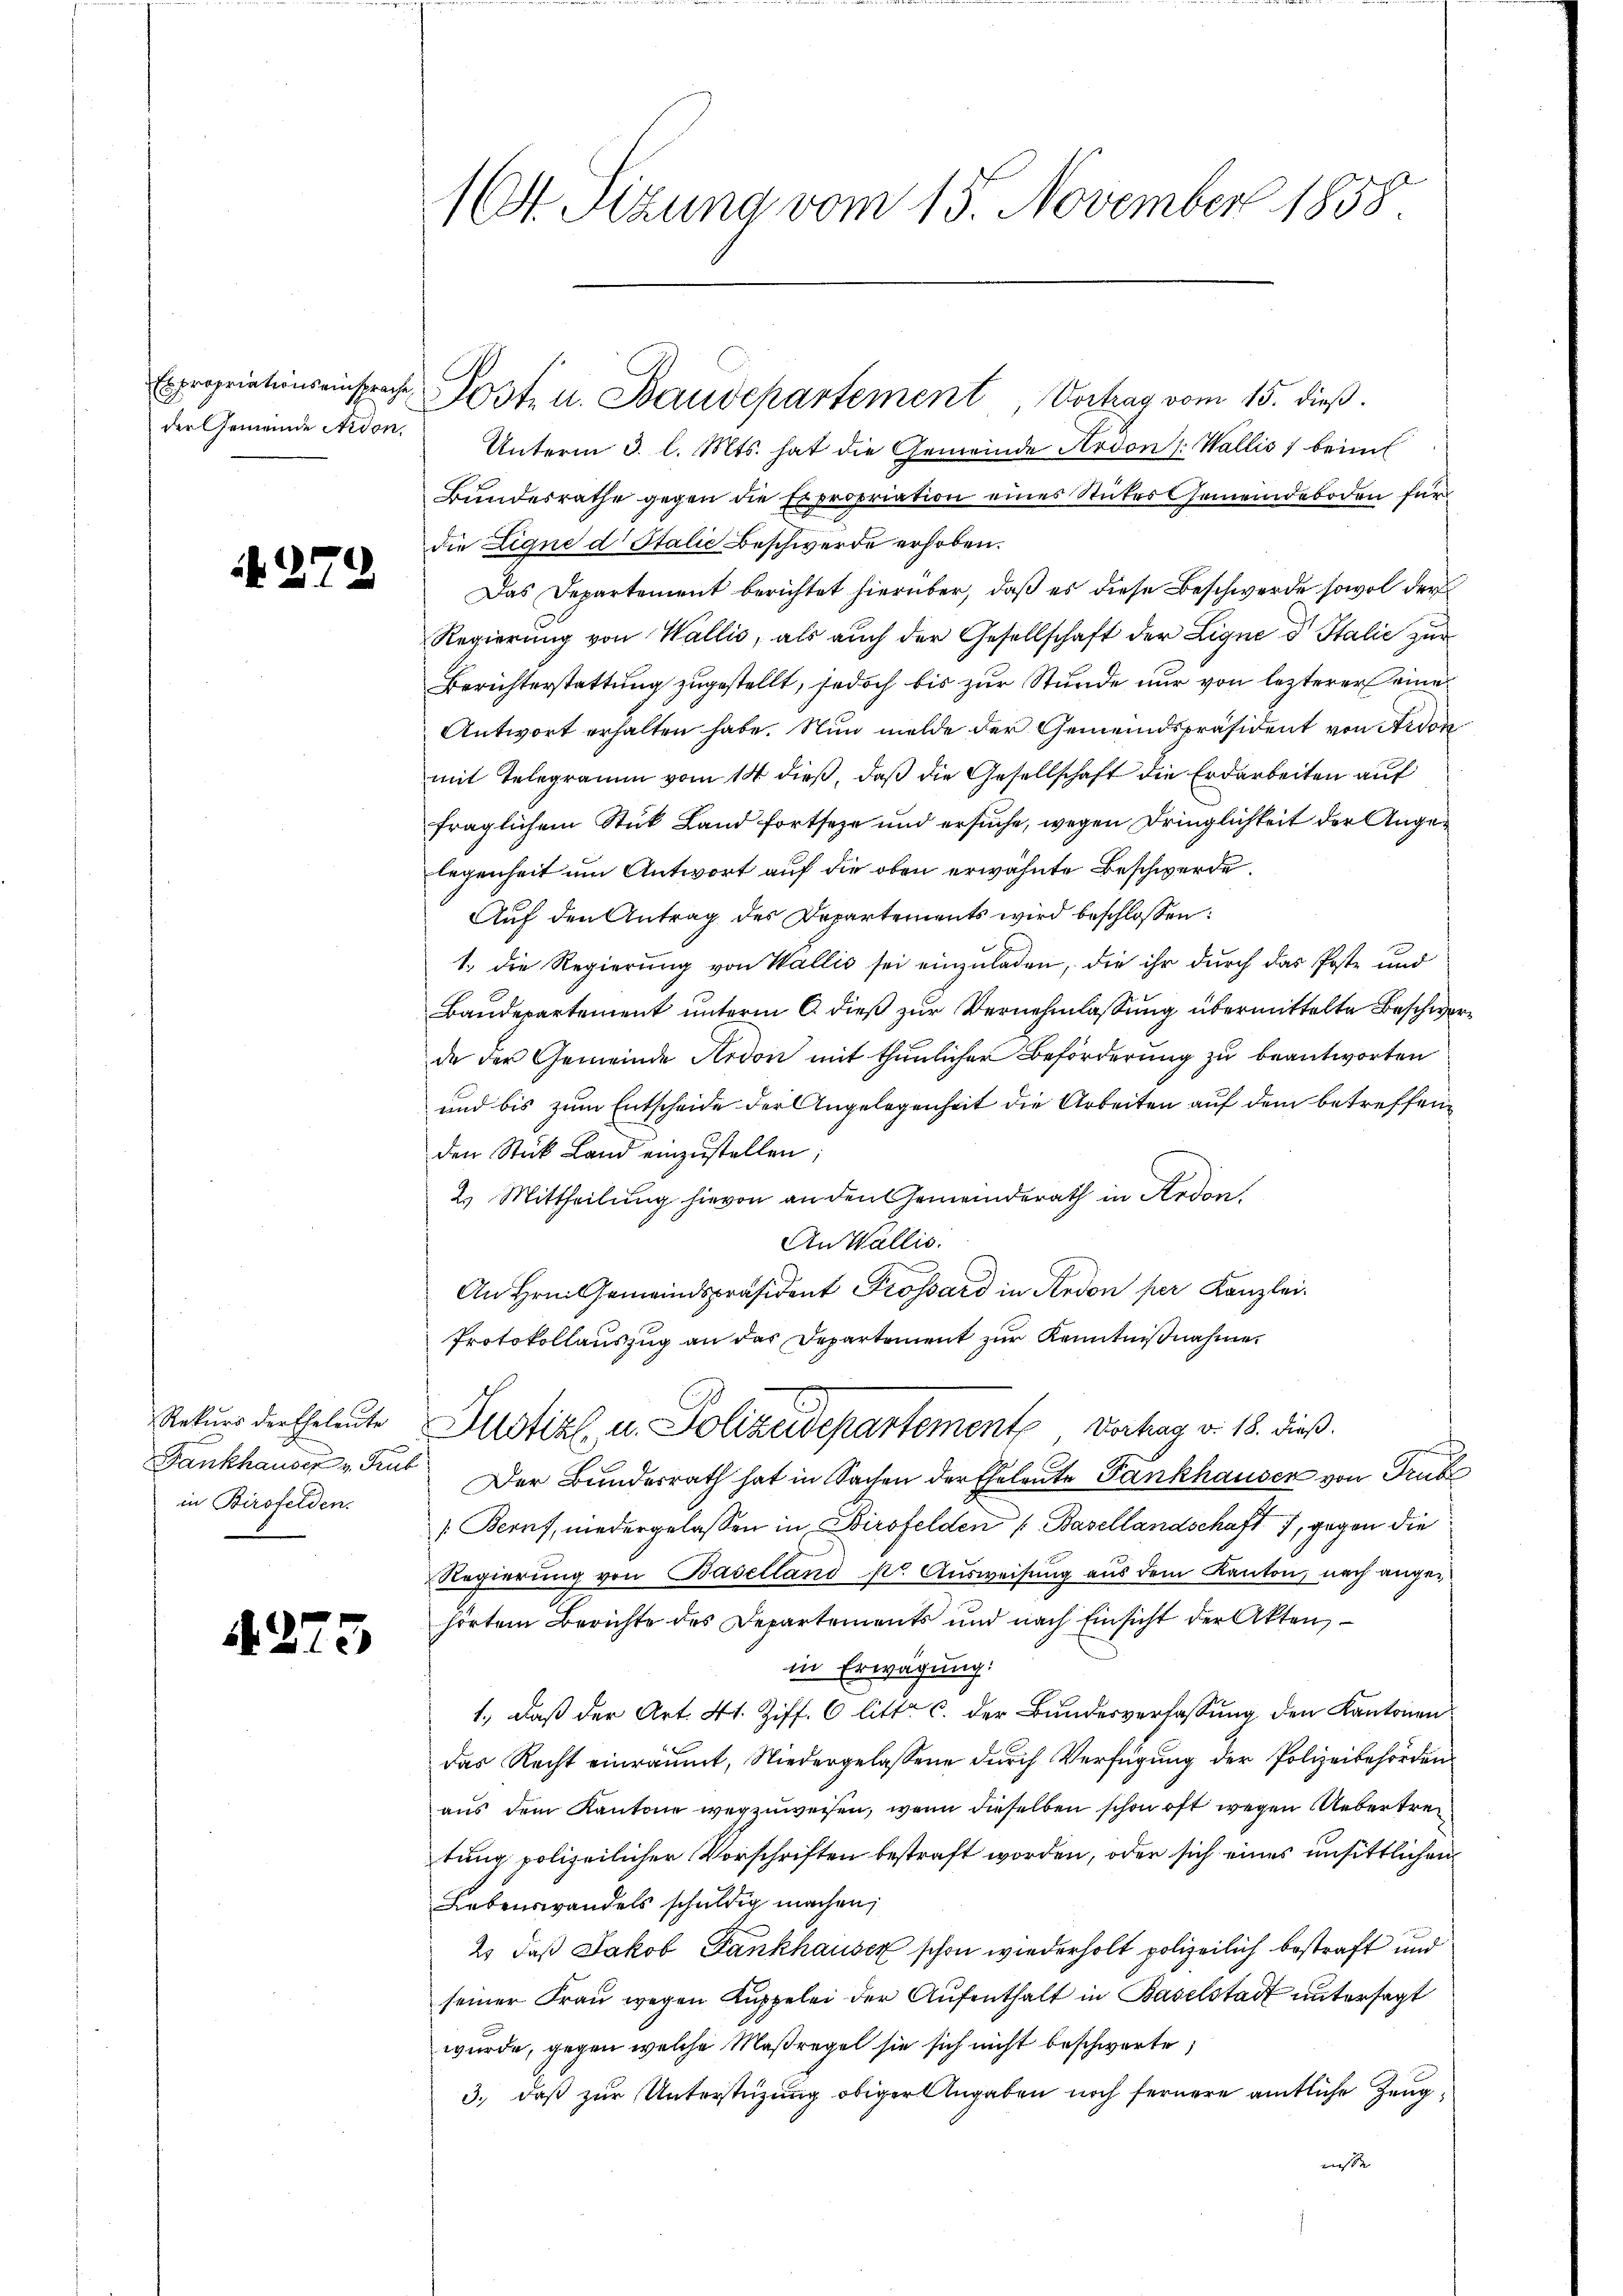
der Gemeinde Ardon,

N 272

in Birsfelden.

A.275

16. Sizung vom 15. November 1858.

Unterm 3. l. Mts. hat die Gemeinde Ardon /: Wallis, beim
Bundesrathe gegen die Expropriation eines Stückes Gemeindeboden für
die Eigne d Italie Beschwerde erhoben.
Das Departement berichtet hierüber, daß es diese Beschwerde sowol der
Regierung von Wallis, als auch der Gesellschaft der Lique d Italie zur
Berichterstattung zugestellt, jedoch bis zur Stunde nur von lezterer eine
Antwort erhalten habe. Nun melde der Gemeindspräsident von Ardon
mit Telegramm vom 14 dieß, daß die Gesellschaft die Erdarbeiten auf
fraglichem Stück Land fortseze und ersuche, wegen Dringlichkeit der Angelegenheit um Antwort auf die oben erwähnte Beschwerde.
Auf den Antrag des Departements wird beschlossen:
1. die Regierung von Wallis sei einzuladen, die ihr durch das Poste und
Baudepartement unterm 6. dieß zur Vernehmlassung übermittelte Beschwerde der Gemeinde Ardon mit thunlicher Beförderung zu beantworten
und bis zum Entscheide der Angelegenheit die Arbeiten auf dem betreffenden Stück Land einzustellen;
2. Mittheilung hievon an den Gemeinderath in Ardon,
An Wallis.
An Hrn. Gemeindspräsident Grossard in Person per Kanzlei¬
Protokollauszug an das Departement zur Kenntnißnahme
Rekurs der Eheleute Justiz, u. Polizeidepartement Vorhag v. 18. dieß.
Fankhauser v. den Der Bundesrath hat in Sachen der Eheleute Fankhausen von Trub
[Beruf, niedergelassen in Wirsfelden (Basellandschaft 1, gegen die
Regierung von Baselland so Ausweisung aus dem Kanton, nach angehörtem Berichte des Departements und nach Einsicht der Akten
in Erwägung:
1., daß der Art. 41. Ziff. 6 litt. c. der Bundesverfassung den Kantonen
das Recht einräumt, Niedergelassene durch Verfügung der Polizeibehörden
aus dem Kantone wegzuweisen, wenn dieselben schon oft wegen Uebertretung polizeilicher Vorschriften bestraft worden, oder sich eines unsittlichen
Lebenswandels schuldig machen,
2. daß Jakob Fankhauser schon wiederholt polizeilich bestraft und
seiner Frau wegen Kuppelei der Aufenthalt in Baselstadt untersagt
wurde, gegen welche Maßregel sie sich nicht beschwerte,
3., daß zur Unterstüzung obiger Angaben noch fernere amtliche Zeugnisse

Expropriationseinsprache Post u. Baudepartement, Vortrag vom 15. dieß.